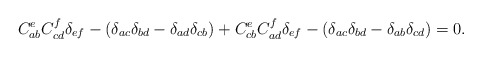
\begin{align*}C_{ab}^eC_{cd}^f\delta _{ef}-(\delta _{ac}\delta _{bd}-\delta _{ad}\delta_{cb})+C_{cb}^eC_{ad}^f\delta _{ef}-(\delta _{ac}\delta _{bd}-\delta_{ab}\delta _{cd})=0. \end{align*}